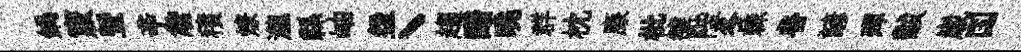
鍋竅曁辛詹積燎瀧縣岫盌丶趨醱曉群枕廉枇雒陛冬棘魯諺殫黻𡻕国